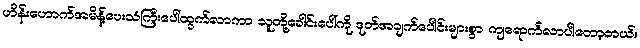
ဟိန်းဟောက်အမိန့်ပေးသံကြီးပေါ်ထွက်လာကာ သူတို့ခေါင်းပေါ်ကို ဒုတ်အချက်ပေါင်းများစွာ ကျရောက်လာပါတော့တယ်။